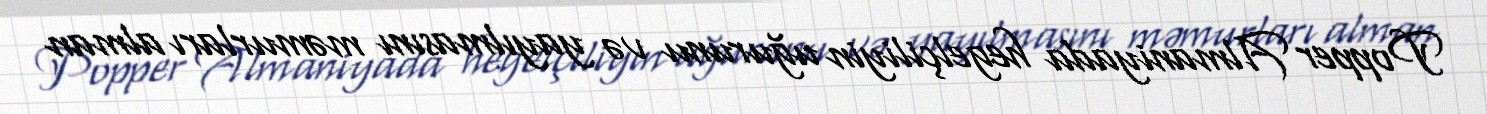
Popper Almaniyada hegelçiliyin uğurunu və yayılmasını məmurları alman